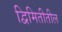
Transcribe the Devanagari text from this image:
द्विमितीतील